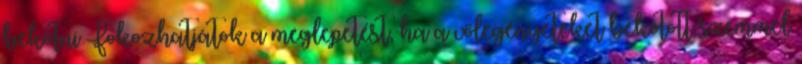
bekötni Fokozhatjátok a meglepetést, ha a vőlegényeteket bekötött szemmel